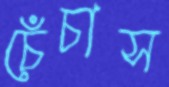
চেঁচাস